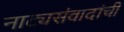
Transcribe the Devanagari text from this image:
नाट्यसंवादांची